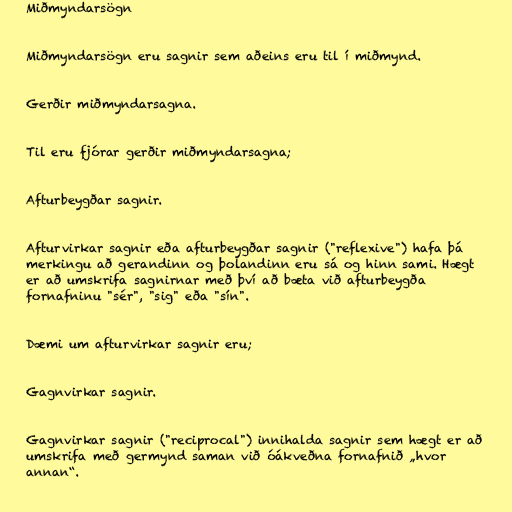
Miðmyndarsögn

Miðmyndarsögn eru sagnir sem aðeins eru til í miðmynd.

Gerðir miðmyndarsagna.

Til eru fjórar gerðir miðmyndarsagna;

Afturbeygðar sagnir.

Afturvirkar sagnir eða afturbeygðar sagnir ("reflexive") hafa þá
merkingu að gerandinn og þolandinn eru sá og hinn sami. Hægt
er að umskrifa sagnirnar með því að bæta við afturbeygða
fornafninu "sér", "sig" eða "sín".

Dæmi um afturvirkar sagnir eru;

Gagnvirkar sagnir.

Gagnvirkar sagnir ("reciprocal") innihalda sagnir sem hægt er að
umskrifa með germynd saman við óákveðna fornafnið „hvor
annan“.